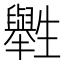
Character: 𤰁